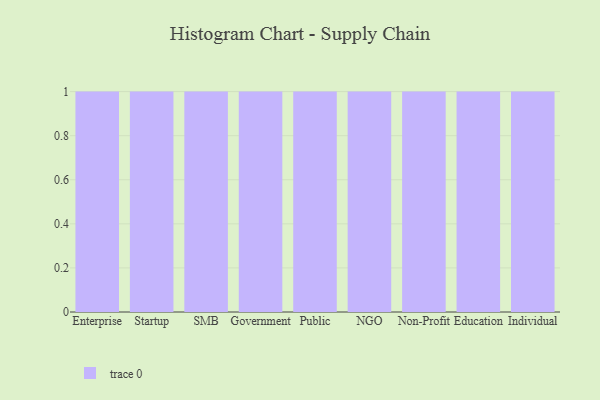
{"axis": {"x": "Segment", "y": "Shipments"}, "legend": [""], "data": [{"x": "Enterprise", "y": 42, "type": ""}, {"x": "Startup", "y": 57, "type": ""}, {"x": "SMB", "y": 26, "type": ""}, {"x": "Government", "y": 95, "type": ""}, {"x": "Public", "y": 44, "type": ""}, {"x": "NGO", "y": 26, "type": ""}, {"x": "Non-Profit", "y": 36, "type": ""}, {"x": "Education", "y": 37, "type": ""}, {"x": "Individual", "y": 62, "type": ""}]}